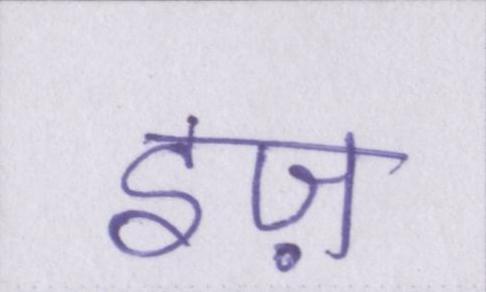
इज़